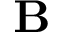
\textbf { B }